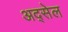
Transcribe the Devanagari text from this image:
अद्सेल